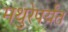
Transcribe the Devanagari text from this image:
मथुरेपर्यंत